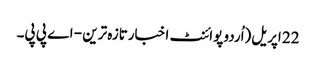
22 اپریل(اُردو پوائنٹ اخبارتازہ ترین - اے پی پی۔